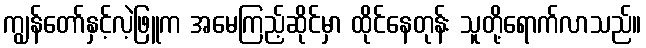
ကျွန်တော်နှင့်လဲ့ဖြူက အမေကြည့်ဆိုင်မှာ ထိုင်နေတုန်း သူတို့ရောက်လာသည်။